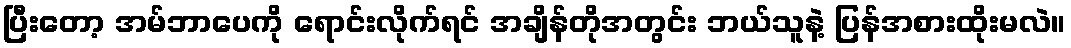
ပြီးတော့ အမ်ဘာပေကို ရောင်းလိုက်ရင် အချိန်တိုအတွင်း ဘယ်သူနဲ့ ပြန်အစားထိုးမလဲ။